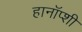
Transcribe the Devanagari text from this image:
हानॉप्शी